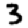
Digit: 3